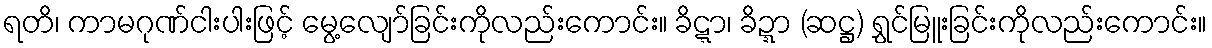
ရတိ၊ ကာမဂုဏ်ငါးပါးဖြင့် မွေ့လျော်ခြင်းကိုလည်းကောင်း။ ခိဋ္ဋာ၊ ခိဍ္ဍာ (ဆဋ္ဌ) ရွှင်မြူးခြင်းကိုလည်းကောင်း။